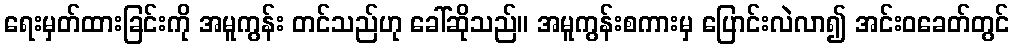
ရေးမှတ်ထားခြင်းကို အမူကွန်း တင်သည်ဟု ခေါ်ဆိုသည်။ အမူကွန်းစကားမှ ပြောင်းလဲလာ၍ အင်းဝခေတ်တွင်